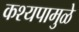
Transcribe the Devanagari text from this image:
कश्यपामुळे